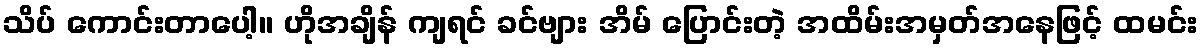
သိပ် ကောင်းတာပေါ့။ ဟိုအချိန် ကျရင် ခင်ဗျား အိမ် ပြောင်းတဲ့ အထိမ်းအမှတ်အနေဖြင့် ထမင်း